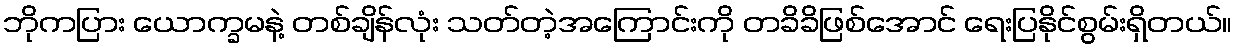
ဘိုကပြား ယောက္ခမနဲ့ တစ်ချိန်လုံး သတ်တဲ့အကြောင်းကို တခိခိဖြစ်အောင် ရေးပြနိုင်စွမ်းရှိတယ်။